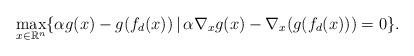
LaTeX: \begin{align*}\max_{x\in\mathbb{R}^n}\{\alpha g(x)-g(f_d(x))\,|\,\alpha\nabla_xg(x)-\nabla_x(g(f_d(x)))=0\}.\end{align*}